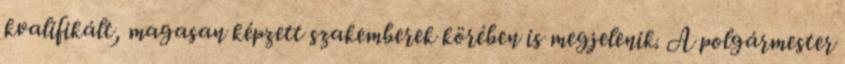
kvalifikált, magasan képzett szakemberek körében is megjelenik. A polgármester